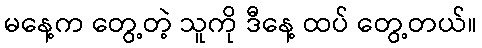
မနေ့က တွေ့တဲ့ သူကို ဒီနေ့ ထပ် တွေ့တယ်။